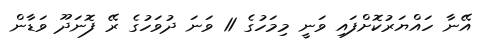
އޭނާ ހައްޔަރުކޮށްފައި ވަނީ މިމަހުގެ 11 ވަނަ ދުވަހުގެ ރޭ ފޮނަދޫ ވަޑާން